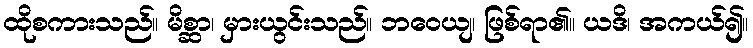
ထိုစကားသည်။ မိစ္ဆာ၊ မှားယွင်းသည်။ ဘဝေယျ၊ ဖြစ်ရာ၏။ ယဒိ၊ အကယ်၍။